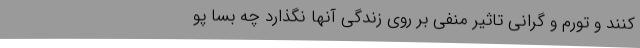
کنند و تورم و گرانی تاثیر منفی بر روی زندگی آنها نگذارد چه بسا پو